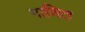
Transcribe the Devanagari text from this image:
गाणित